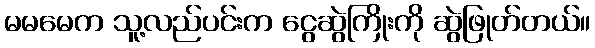
မမမေက သူ့လည်ပင်းက ငွေဆွဲကြိုးကို ဆွဲဖြုတ်တယ်။